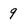
Character: 9